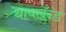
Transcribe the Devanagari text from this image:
थायलँन्ड